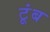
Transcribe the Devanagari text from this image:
टूंब